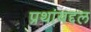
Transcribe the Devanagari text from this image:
प्रथांबद्दल